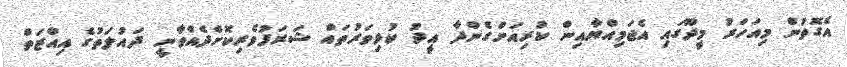
އެގޮތުން މިއަހަރު މީދޫގައި އެޖަމިއްޔާއިން ކުރިއަށްގެންދާ އީދު ކުޅިވަރުތައް ޝަރަފުވެރިކޮށްދެއްވާނީ ދައުލަތުގެ އިއްޒަތް